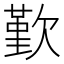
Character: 歏